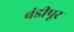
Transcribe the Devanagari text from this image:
बंडीपूर